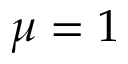
\mu = 1